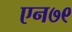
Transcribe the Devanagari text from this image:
एन७९